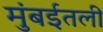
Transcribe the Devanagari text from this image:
मुंबईतली